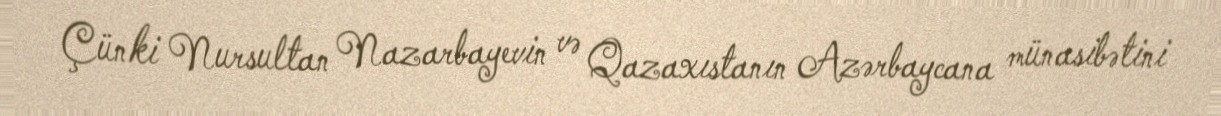
Çünki Nursultan Nazarbayevin və Qazaxıstanın Azərbaycana münasibətini